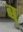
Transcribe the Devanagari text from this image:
ब्‌